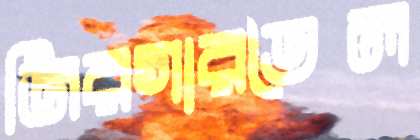
জিরগারতৈল